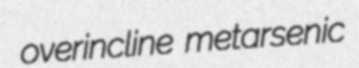
overincline metarsenic